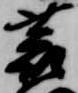
蓑